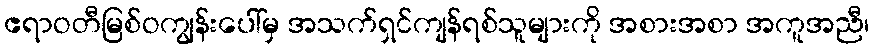
ဧရာဝတီမြစ်ဝကျွန်းပေါ်မှ အသက်ရှင်ကျန်ရစ်သူများကို အစားအစာ အကူအညီ၊